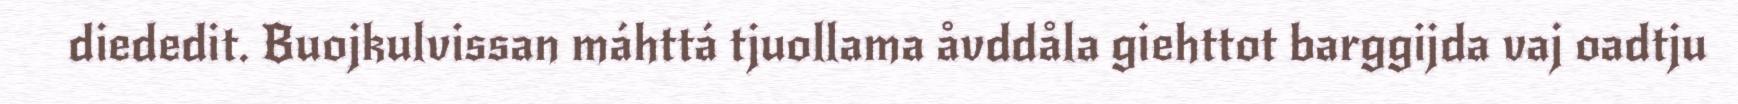
diededit. Buojkulvissan máhttá tjuollama åvddåla giehttot barggijda vaj oadtju